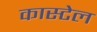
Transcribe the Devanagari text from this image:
कास्टेल